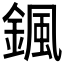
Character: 𩗩